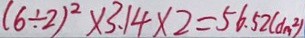
( 6 \div 2 ) ^ { 2 } \times 3 . 1 4 \times 2 = 5 6 . 5 2 ( d m ^ { 2 } )